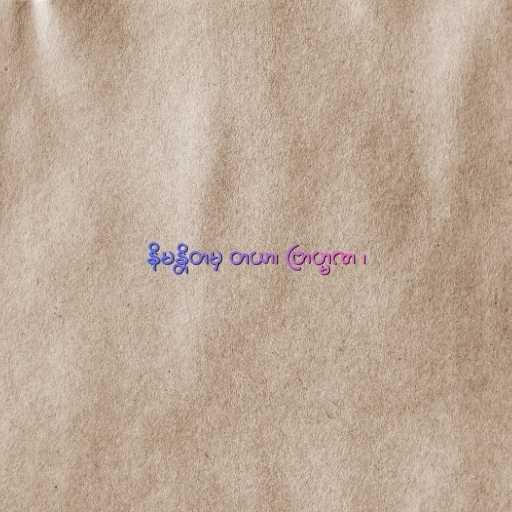
နိမန္တိတမှ တယာ၊ ဗြာဟ္မဏ ၊